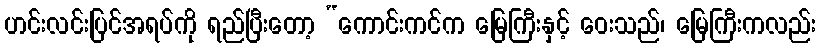
ဟင်းလင်းပြင်အရပ်ကို ရည်ပြီးတော့ “ကောင်းကင်က မြေကြီးနှင့် ဝေးသည်၊ မြေကြီးကလည်း